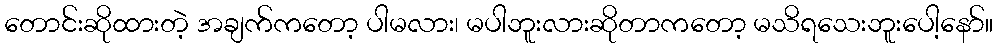
တောင်းဆိုထားတဲ့ အချက်ကတော့ ပါမလား၊ မပါဘူးလားဆိုတာကတော့ မသိရသေးဘူးပေါ့နော်။